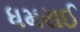
ધમરાઈ